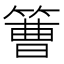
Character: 𥲍